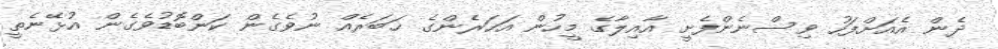
ދެން އެއަށްފަހު ވިސްނެންފެށީ އާއިލާގެ މީހުން އަހަރެންގެ ޚަބަރެއް ނުވެގެން ކަންބޮޑުވެގެން އުޅޭނެތީ